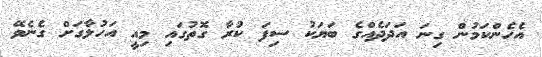
އެހެންކަމުން ގިނަ އަދަދެއްގެ ބަޔަކު ސިފަ ކުރާ ގޮތުގައި މިއީ އަހުލާގަށް ގެނެވޭ